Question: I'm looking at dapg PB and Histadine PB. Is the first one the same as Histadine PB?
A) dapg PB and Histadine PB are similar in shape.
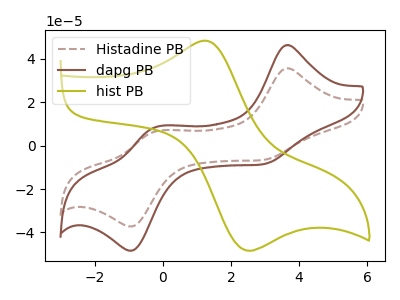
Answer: <think>The brown dashed curve "Histadine PB" has anodic peaks at (3.60V, 35.65uA) (-0.20V, 6.65uA) and cathodic peaks at (2.90V, -6.65uA) (-0.90V, -37.20uA). The brown curve "dapg PB" has anodic peaks at (3.60V, 46.35uA) (-0.20V, 8.60uA) and cathodic peaks at (2.90V, -8.65uA) (-0.90V, -48.35uA). The olive curve "hist PB" has an anodic peak at (1.20V, 48.40uA) and a cathodic peak at (2.40V, -48.00uA).
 All the peaks in "dapg PB" have a peak in "Histadine PB" at the same potential. Every peak in "dapg PB" is higher than every peak in "Histadine PB".</think>
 <answer>A) "dapg PB" and "Histadine PB" are similar in shape.</answer>
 <eval>A</eval>